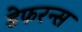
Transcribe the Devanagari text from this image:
डेफरन्स